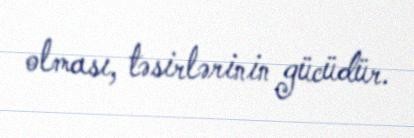
olması, təsirlərinin gücüdür.